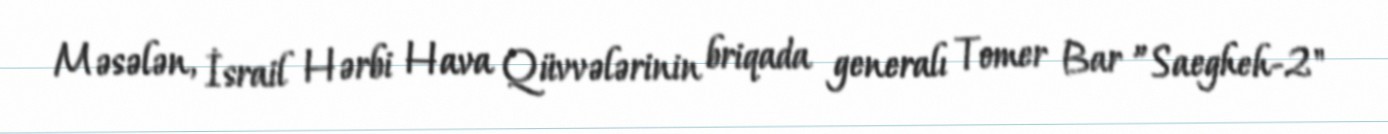
Məsələn, İsrail Hərbi Hava Qüvvələrinin briqada generalı Tomer Bar ”Saegheh-2"